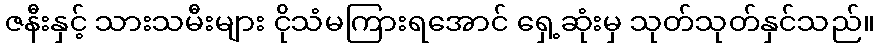
ဇနီးနှင့် သားသမီးများ ငိုသံမကြားရအောင် ရှေ့ဆုံးမှ သုတ်သုတ်နှင်သည်။